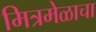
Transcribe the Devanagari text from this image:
मित्रमेळाचा